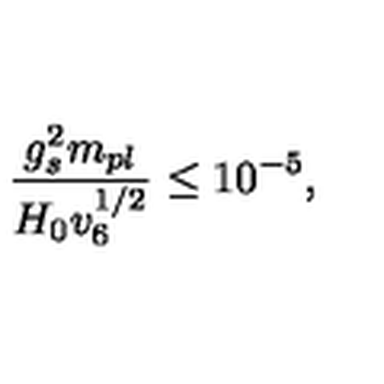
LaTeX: \frac { g _ { s } ^ { 2 } m _ { p l } } { H _ { 0 } v _ { 6 } ^ { 1 / 2 } } \leq 1 0 ^ { - 5 } ,